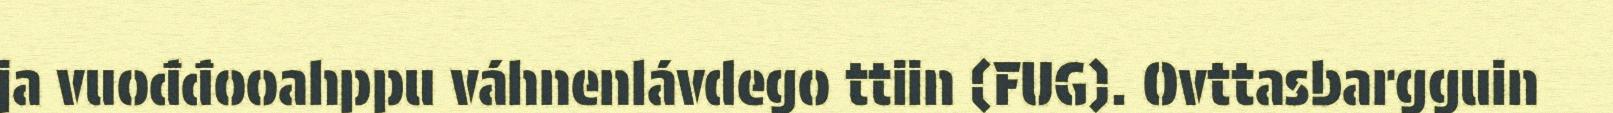
ja vuođđooahppu váhnenlávdego ttiin (FUG). Ovttasbargguin